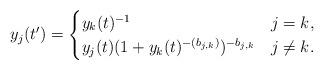
LaTeX: \begin{align*}y_j(t')=\begin{cases} y_k(t)^{-1} & j=k, \\y_j(t)(1+y_k(t)^{-(b_{j,k})})^{-b_{j,k}} & j\ne k.\end{cases}\end{align*}